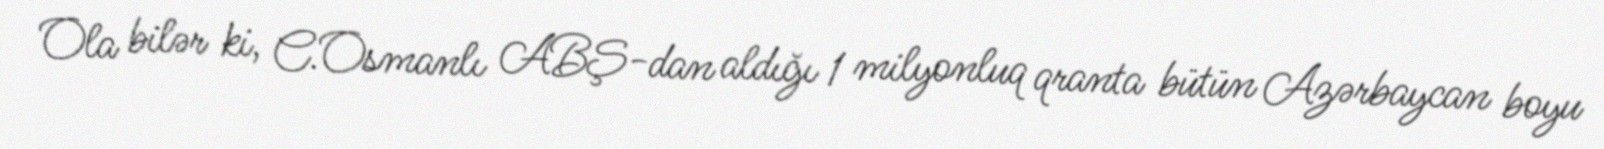
Ola bilər ki, C.Osmanlı ABŞ-dan aldığı 1 milyonluq qranta bütün Azərbaycan boyu